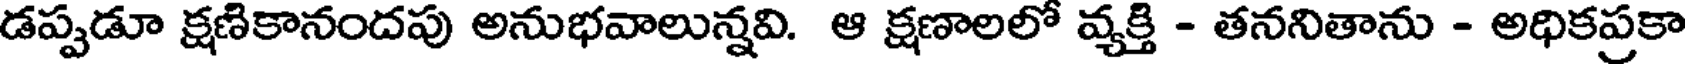
డప్పడూ క్షణికానందపు అనుభవాలున్నవి. ఆ క్షణాలలో వ్యక్తి - తననితాను - అధికప్రకా